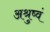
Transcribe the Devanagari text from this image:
अश्रुष्वं